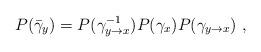
LaTeX: \begin{align*}P(\bar{\gamma}_y) = P(\gamma^{-1}_{y \rightarrow x}) P(\gamma_x) P(\gamma_{y\rightarrow x})~,\end{align*}